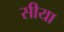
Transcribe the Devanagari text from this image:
सीया